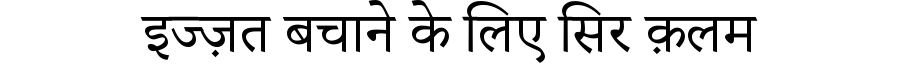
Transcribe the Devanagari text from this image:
इज्ज़त बचाने के लिए सिर क़लम